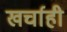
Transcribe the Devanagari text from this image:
खर्चाही